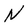
Character: N